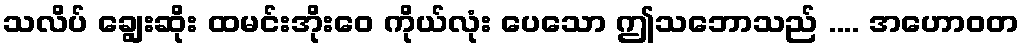
သလိပ် ချွေးဆိုး ထမင်းအိုးဝေ ကိုယ်လုံး ပေသော ဤသဘောသည် .... အဟောဝတ